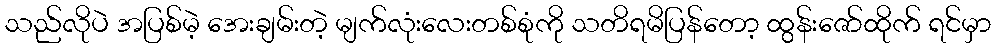
သည်လိုပဲ အပြစ်မဲ့ အေးချမ်းတဲ့ မျက်လုံးလေးတစ်စုံကို သတိရမိပြန်တော့ ထွန်းဇော်ထိုက် ရင်မှာ